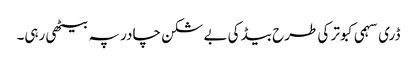
ڈری سہمی کبوتر کی طرح بیڈ کی بے شکن چادر پہ بیٹھی رہی۔